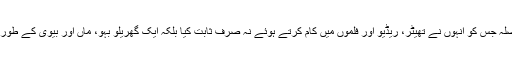
یہ تھا ان کااٹوٹ فیصلہ جس کو انہوں نے تھیٹر، ریڈیو اور فلموں میں کام کرتے ہوئے نہ صرف ثابت کیا بلکہ ایک گھریلو بہو، ماں اور بیوی کے طور پر بھی مثال بنا دیا۔